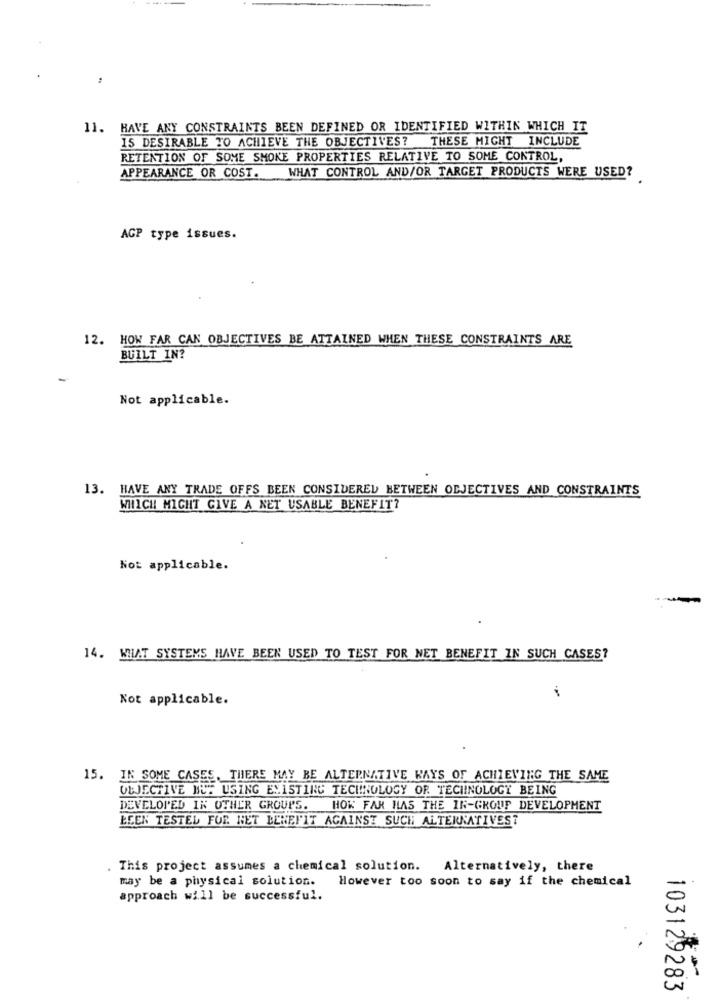
11. HAVE ANY CONSTRAINTS BEEN DEFINED OR IDENTIFIED WITHIN WHICH IT
IS DESIRABLE TO ACHIEVE THE OBJECTIVES? THESE MIGHT INCLUDE
RETENTION OF SOME SMOKE PROPERTIES RELATIVE TO SOME CONTROL,
APPEARANCE OR COST. WHAT CONTROL AND/OR TARGET PRODUCTS WERE USED?
AGP type issues.
12. HOW FAR CAN OBJECTIVES BE ATTAINED WHEN THESE CONSTRAINTS ARE
BUILT IN?
Not applicable.
13. HAVE ANY TRADE OFFS BEEN CONSIDERED BETWEEN OBJECTIVES AND CONSTRAINTS
WHICH MIGHT GIVE A NET USABLE BENEFIT?
Not applicable.
14. MIT SYSTEMS HAVE BEEN USED TO TEST FOR NET BENEFIT IN SUCH CASES?
Not applicable.
15. IN SOME CASES, THERE MAY BE ALTERNATIVE KAYS OF ACHIEVING THE SAME
ULJECTIVE NOT USING EXISTING TECHNOLOGY OF TECHNOLOGY BEING
DEVELOPED IN OTHER GROUPS. HOW FAR HAS THE IR-GROUP DEVELOPMENT
BEEN TESTED FOR NET BENEFIT AGAINST SUCH ALTERNATIVEST
. This project assumes a chemical solution. Alternatively, there
may be a physical solution.
However too soon to say if the chemical
approach will be successful.
103129283